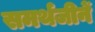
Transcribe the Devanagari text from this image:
समर्थजीनें